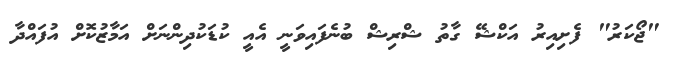
"ޖޯކަރު" ފެށިއިރު އަކްޝޭ ގާތު ޝްރިޝް ބުނެފައިވަނީ އެއީ ކުޑަކުދިންނަށް އަމާޒުކޮށް އުފައްދާ